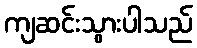
ကျဆင်းသွားပါသည်